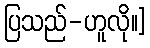
ပြသည်-ဟူလို။]